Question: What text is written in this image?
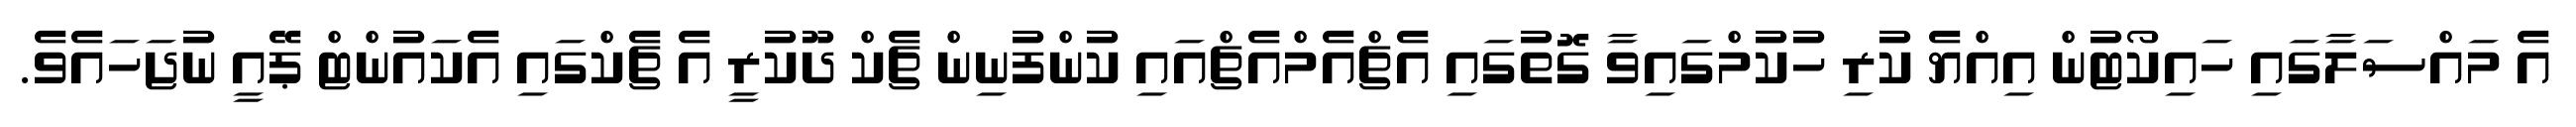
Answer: އެ މައްސަލާގައި ހައިކޯޓުން އިއްޔެ ކުރި ހުކުމްގައިވާ ގޮތުގައި އެޗްއެމްއެޗްއައި ކުންފުނިން ޗެކް ދޫކުރީ އެ ޗެކްގައި އެކައުންޓް ޕޭއީ ނުޖަހައެވެ.